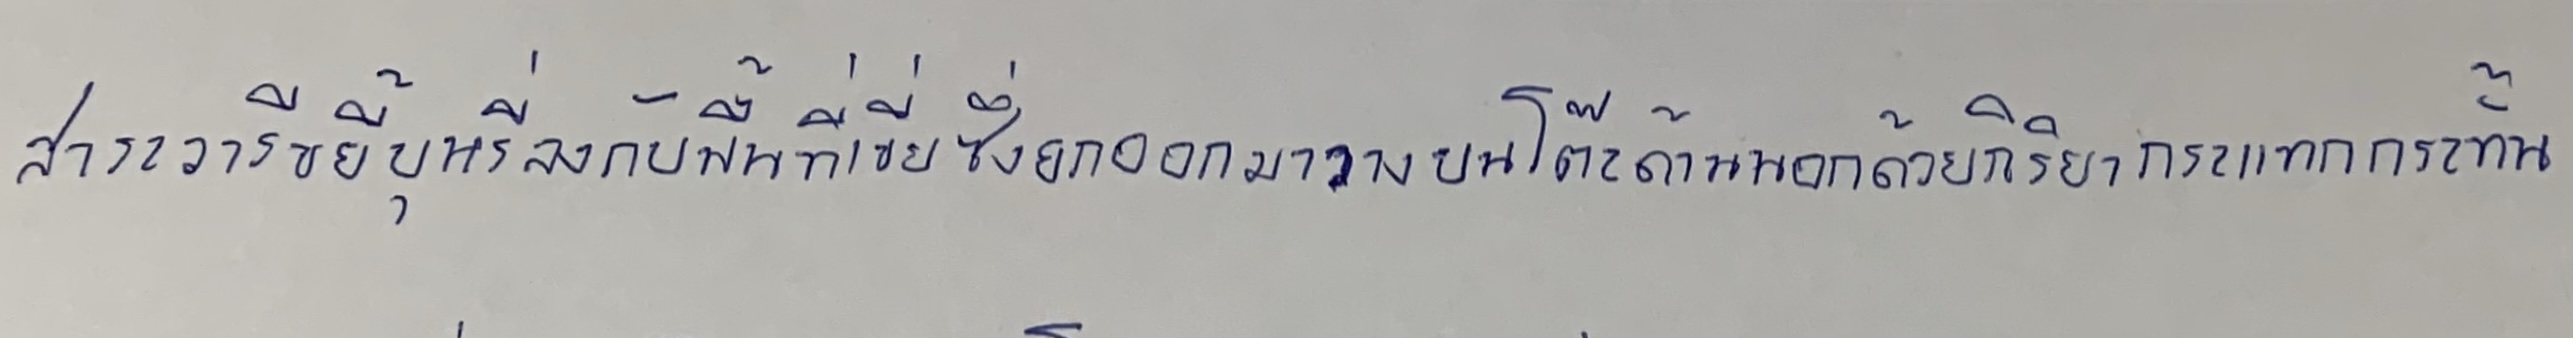
สาระวารีขยี้บุหรี่ลงกับพื้นที่เขี่ยซึ่งยกออกมาวางบนโต๊ะด้านนอกด้วยกิริยากระแทกกระทั้น